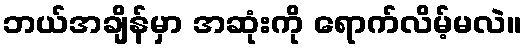
ဘယ်အချိန်မှာ အဆုံးကို ရောက်လိမ့်မလဲ။